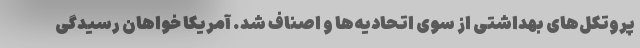
پروتکل‌های بهداشتی از سوی اتحادیه‌ها و اصناف شد. آمریکا خواهان رسیدگی